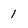
Character: 1